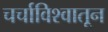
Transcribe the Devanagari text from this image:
चर्चाविश्वातून